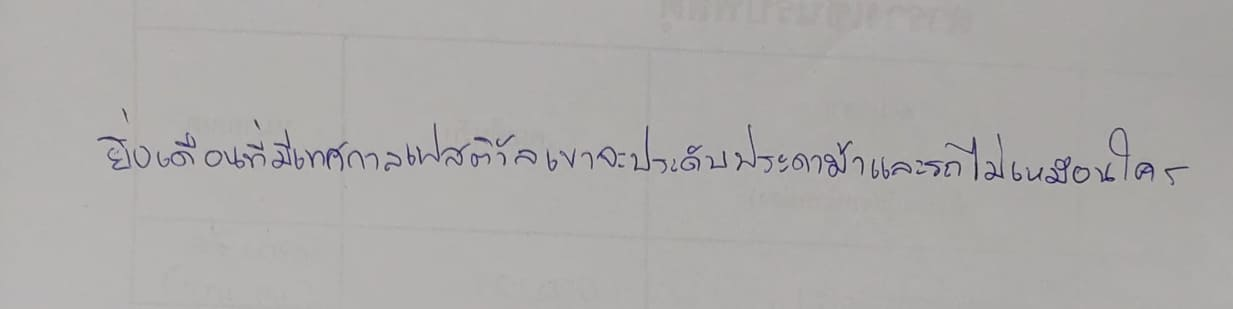
ยิ่งเดือนที่มีเทศกาลเฟสติวัลเขาจะประดับประดาม้าและรถไม่เหมือนใคร"